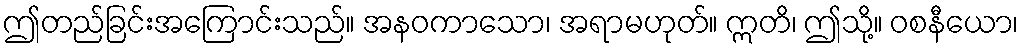
ဤတည်ခြင်းအကြောင်းသည်။ အနဝကာသော၊ အရာမဟုတ်။ ဣတိ၊ ဤသို့။ ဝစနီယော၊